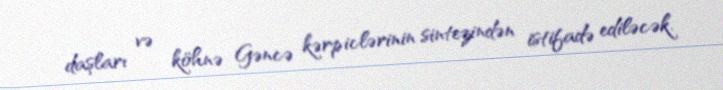
daşları və köhnə Gəncə kərpiclərinin sintezindən istifadə ediləcək.